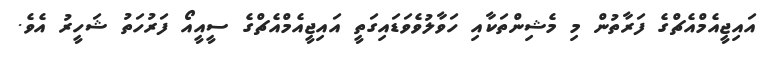
އައިޖީއެމްއެޗްގެ ފަރާތުން މި މެޝިންތަކާއި ހަވާލުވެވަޑައިގަތީ އައިޖީއެމްއެޗްގެ ސީއީއޯ ފަރުހަތު ޝަހީރު އެވެ.